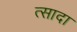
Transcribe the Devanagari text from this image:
त्सादा